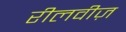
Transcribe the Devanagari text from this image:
रीलवीज़